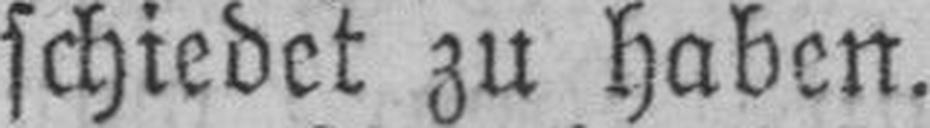
schiedet zu haben.